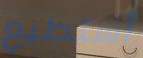
أستطيع